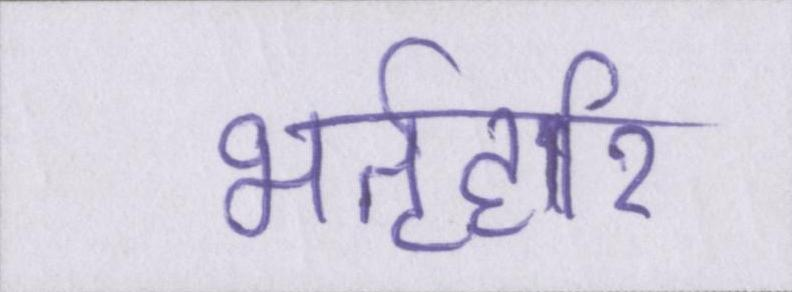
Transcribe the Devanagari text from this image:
भर्तृहरि